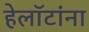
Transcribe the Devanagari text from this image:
हेलॉटांना